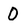
Character: O